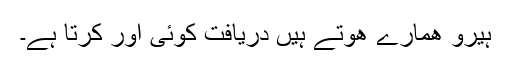
ہیرو ھمارے ھوتے ہیں دریافت کوئی اور کرتا ہے۔